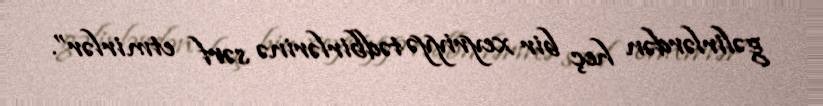
gəlirlərdən heç bir xeyriyyə tədbirlərinə sərf etmirlər”.